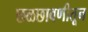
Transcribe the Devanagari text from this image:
छळछावणीतून